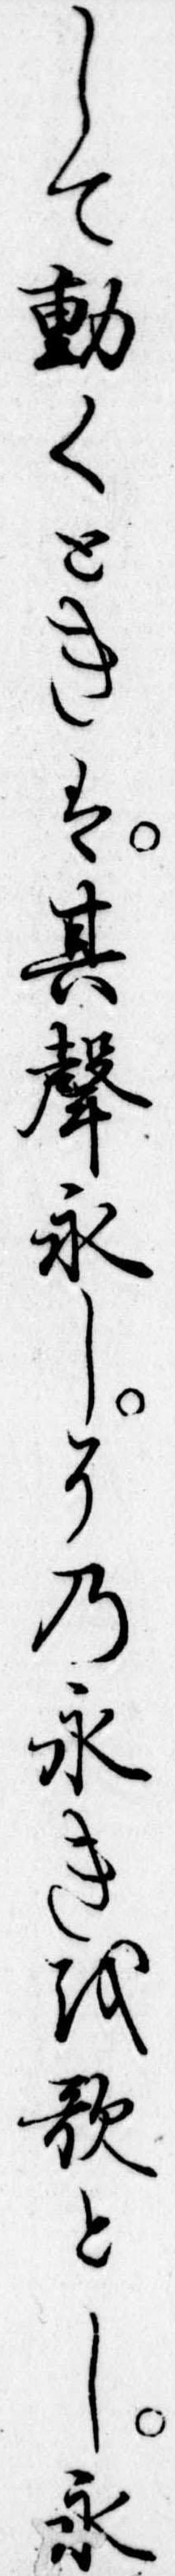
して動くときは其声永しその永きを歌とし永